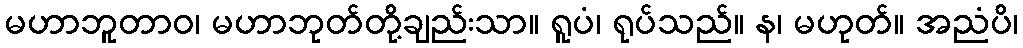
မဟာဘူတာဝ၊ မဟာဘုတ်တို့ချည်းသာ။ ရူပံ၊ ရုပ်သည်။ န၊ မဟုတ်။ အညံပိ၊